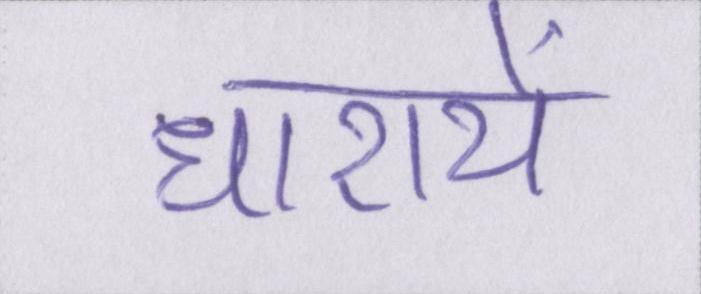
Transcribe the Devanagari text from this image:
धारायें